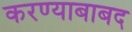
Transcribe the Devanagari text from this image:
करण्याबाबद